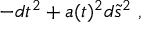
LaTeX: - d t ^ { 2 } + a ( t ) ^ { 2 } d \tilde { s } ^ { 2 } ~ ,